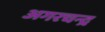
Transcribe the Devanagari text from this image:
अगरचन्द्र